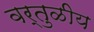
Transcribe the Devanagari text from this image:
वर्तुळीय